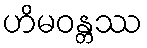
ဟိမဝန္တဿ